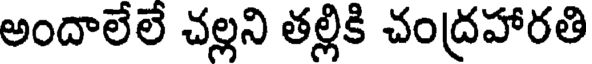
అందాలేలే చల్లని తల్లికి చంద్రహారతి